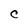
Character: C